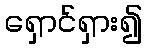
ရှောင်ရှား၍